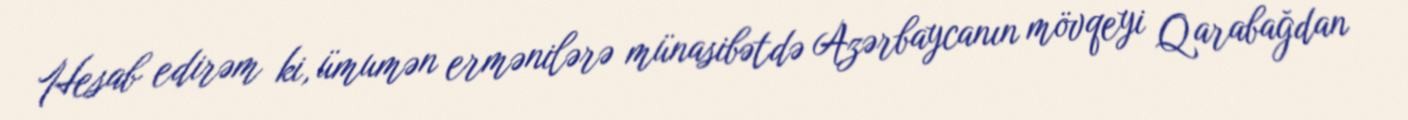
Hesab edirəm ki, ümumən ermənilərə münasibətdə Azərbaycanın mövqeyi Qarabağdan